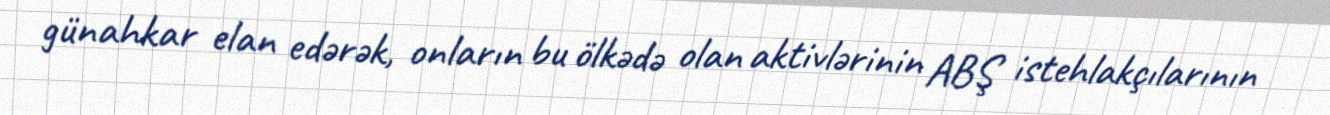
günahkar elan edərək, onların bu ölkədə olan aktivlərinin ABŞ istehlakçılarının